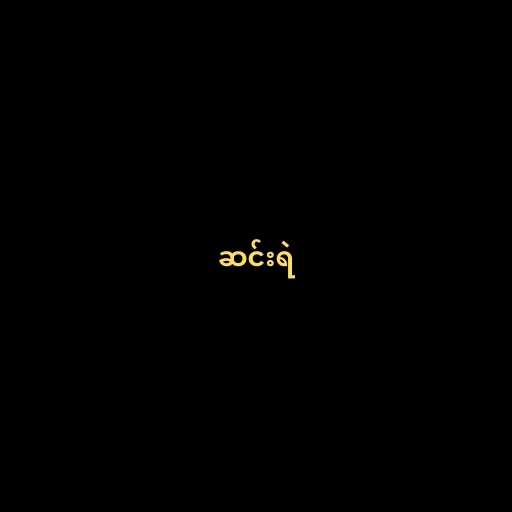
ဆင်းရဲ